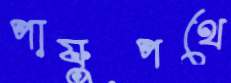
পায়ুপথে